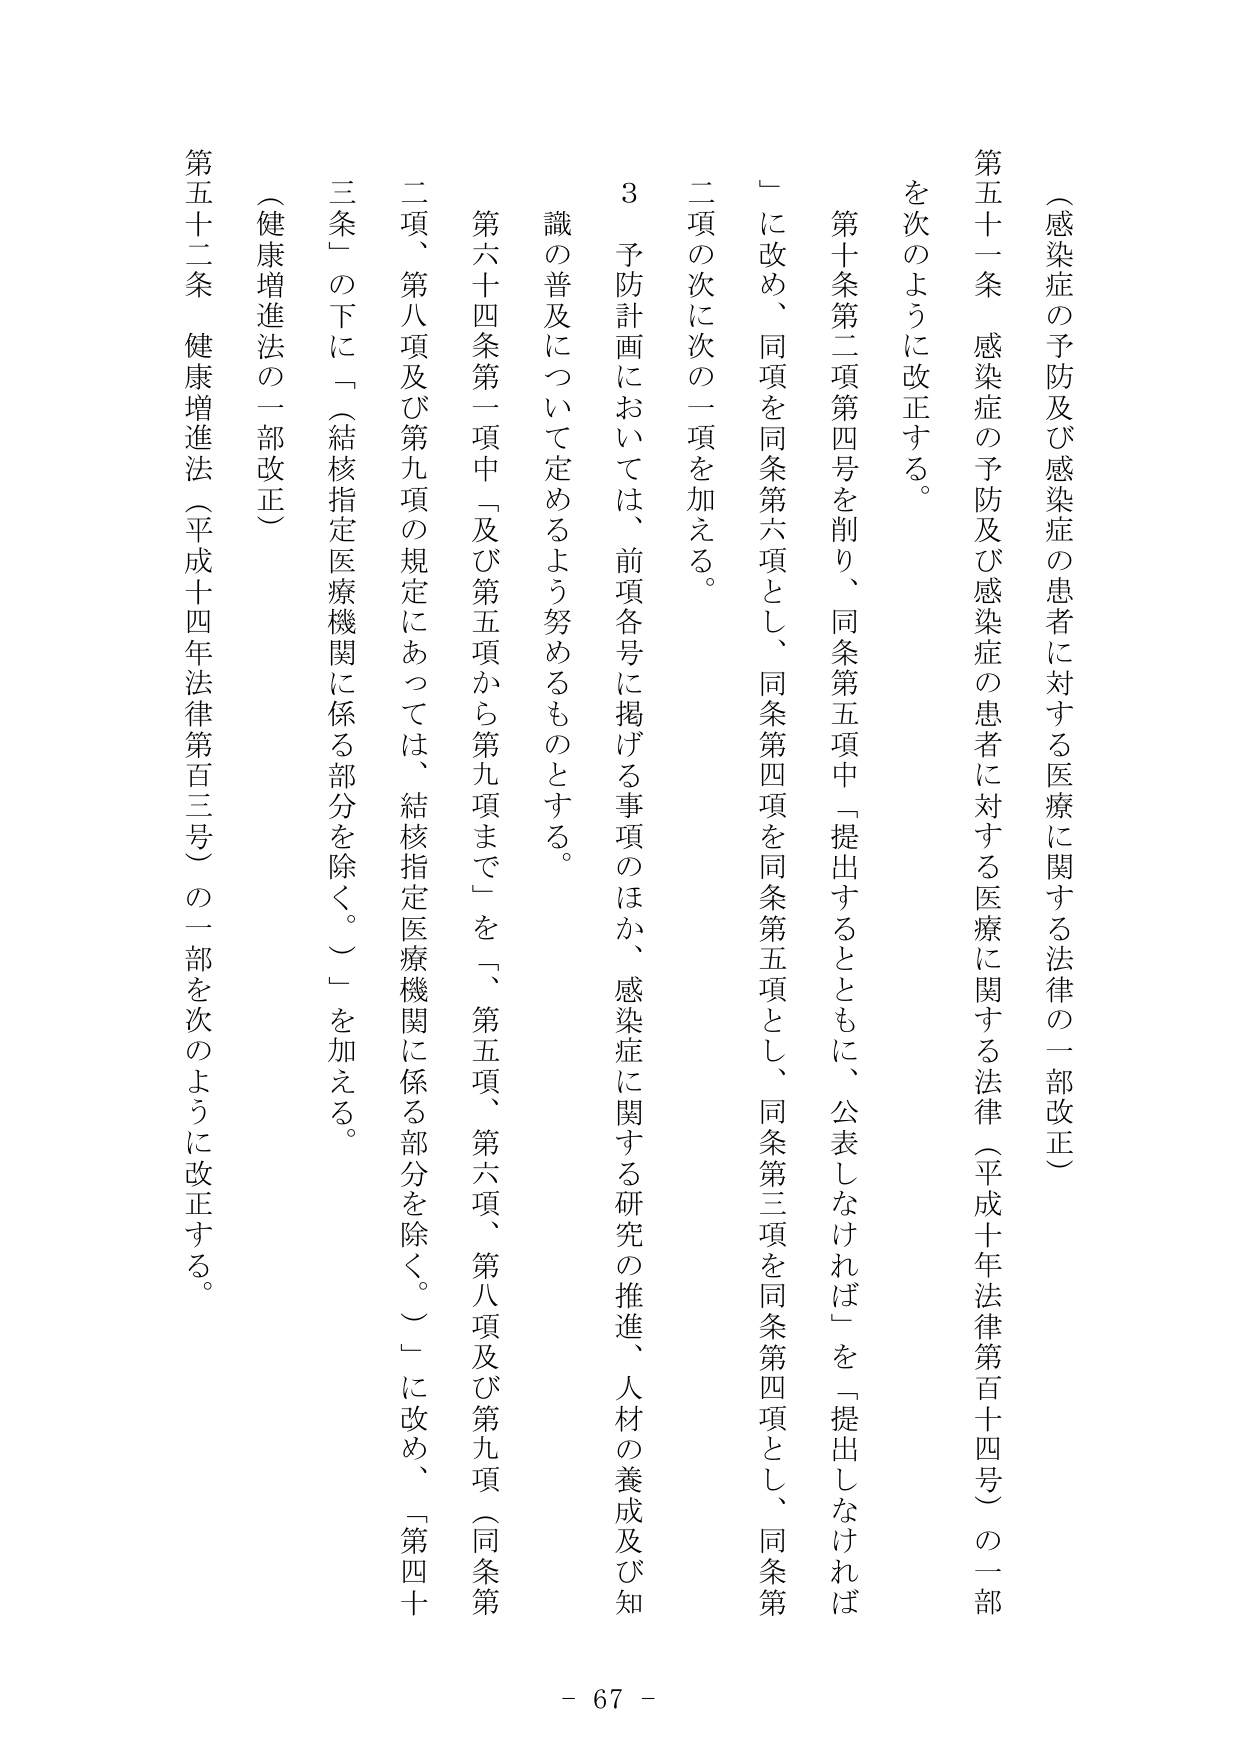
（感染症の予防及び感染症の患者に対する医療に関する法律の一部改正）

第五十一条　感染症の予防及び感染症の患者に対する医療に関する法律（平成十年法律第百十四号）の一部を次のように改正する。

第十条第二項第四号を削り、同条第五項中「提出するとともに、公表しなければ」を「提出しなければ」に改め、同項を同条第六項とし、同条第四項を同条第五項とし、同条第三項を同条第四項とし、同条第二項の次に次の一項を加える。

　３　予防計画においては、前項各号に掲げる事項のほか、感染症に関する研究の推進、人材の養成及び知識の普及について定めるよう努めるものとする。

第六十四条第一項中「及び第五項から第九項まで」を「、第五項、第六項、第八項及び第九項（同条第二項、第八項及び第九項の規定にあっては、結核指定医療機関に係る部分を除く。）」に改め、「第四十三条」の下に「（結核指定医療機関に係る部分を除く。）」を加える。

（健康増進法の一部改正）

第五十二条　健康増進法（平成十四年法律第百三号）の一部を次のように改正する。

- 67 -